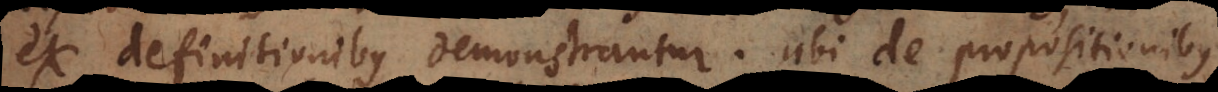
ex definitionibus demonstrantur. Ubi de propositionibus